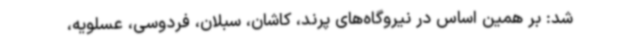
شد: بر همین اساس در نیروگاه‌های پرند، کاشان، سبلان، فردوسی، عسلویه،